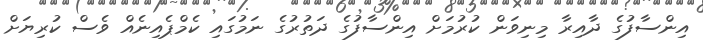
އިންސާފުގެ ދާއިރާ މިނިވަން ކުރުމަށް އިންސާފުގެ ދަތުރުގެ ނަމުގައި ކެމްޕެއިނެއް ވެސް ކުރިޔަށް